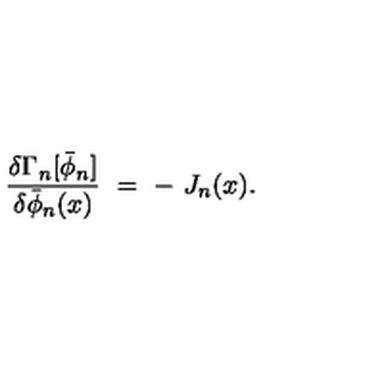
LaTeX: { \frac { \delta \Gamma _ { n } [ \bar { \phi } _ { n } ] } { \delta \bar { \phi } _ { n } ( x ) } } \ = \ - \ J _ { n } ( x ) . \,